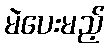
မဲပေးမည့်